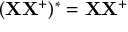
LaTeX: ( \mathbf { X } \mathbf { X } ^ { + } ) ^ { * } = \mathbf { X } \mathbf { X } ^ { + }